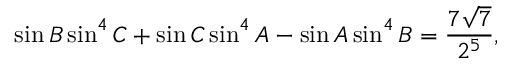
\sin B \sin ^ { 4 } C + \sin C \sin ^ { 4 } A - \sin A \sin ^ { 4 } B = { \frac { 7 { \sqrt { 7 } } } { 2 ^ { 5 } } } ,